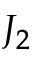
J _ { 2 }